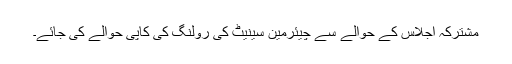
مشترکہ اجلاس کے حوالے سے چیئرمین سینیٹ کی رولنگ کی کاپی حوالے کی جائے۔